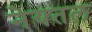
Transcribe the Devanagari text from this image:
नेयतल